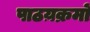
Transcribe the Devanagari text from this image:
पाठय़क्रमों